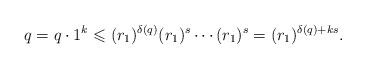
LaTeX: \begin{gather*}q = q \cdot 1^k \leqslant (r_1)^{\delta(q)} (r_1)^s \cdots (r_1)^s = (r_1)^{\delta(q) + k s}.\end{gather*}